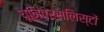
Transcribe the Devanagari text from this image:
यूनिवर्सलिस्टों